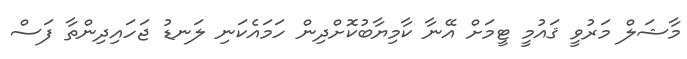
މާޝަލް މަރުވީ ޤައުމީ ޓީމަށް އޭނާ ކާމިޔާބުކޮށްދިން ހަމައެކަނި ލަނޑު ޖަހައިދިންތާ ފަސް